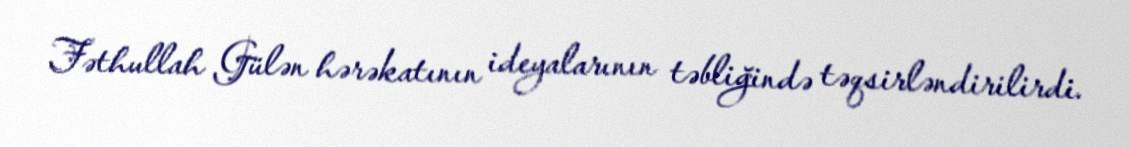
Fəthullah Gülən hərəkatının ideyalarının təbliğində təqsirləndirilirdi.